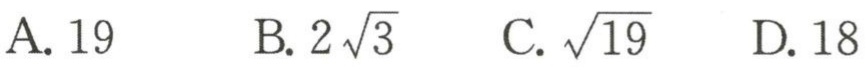
A. \(19\)  B. \(2\sqrt{3}\)  C. \(\sqrt{19}\)  D. \(18\)